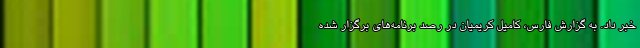
خبر داد. به گزارش فارس، کامیل کریمیان در رصد برنامه‌های برگزار شده